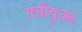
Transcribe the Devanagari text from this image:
पत्तीयुक्त